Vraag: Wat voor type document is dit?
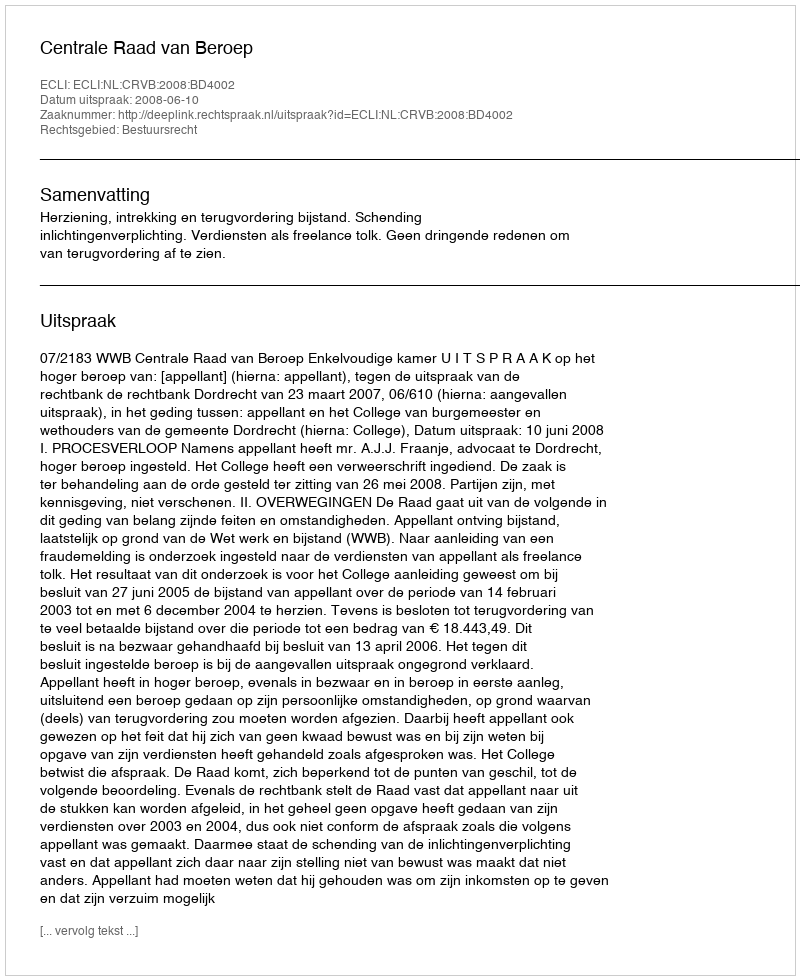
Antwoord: Uitspraak